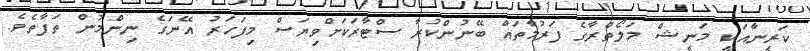
ކަރީނާއަކީ މަނީޝް މަލޯތްރާގެ ފަރުމާތައް ބޭނުންކުރާ ސްޓާރަކަށްވިޔަސް މިފަހަރު އޭނަގެ ނިންމުން ތަފާތެވެ.